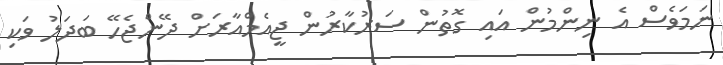
ނަމަވެސް އެ ނިންމުން އައި ގޮތުން ސަރުކާރުން ޖީއެމްއާރަށް ދޭންޖެހޭ ބަދަލު ވަކި